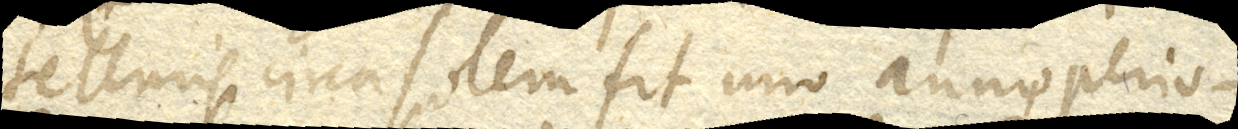
telluris circa solem fit uno anno, perio–